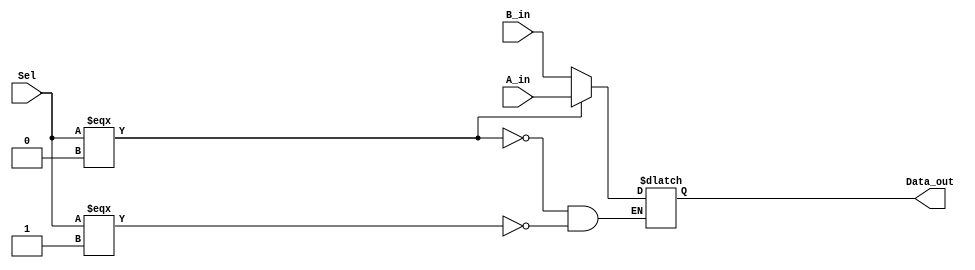
`timescale 1ns / 1ps
module Mux24(
input [23:0] A_in,
input [23:0] B_in,
input Sel,
output reg [23:0]Data_out 
    );

/*  DO NOT EDIT THIS FILE   */

localparam Mux_delay= 0.5; //500 ps	
always @(A_in or B_in or Sel)
begin
	if (Sel ===1'b0) Data_out <=#Mux_delay  A_in;
	else if (Sel ===1'b1) Data_out <=#Mux_delay B_in;
end

endmodule